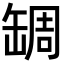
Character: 𦈺